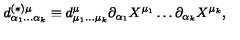
d _ { \alpha _ { 1 } \ldots \alpha _ { k } } ^ { ( \ast ) \mu } \equiv d _ { \mu _ { 1 } \ldots \mu _ { k } } ^ { \mu } \partial _ { \alpha _ { 1 } } X ^ { \mu _ { 1 } } \ldots \partial _ { \alpha _ { k } } X ^ { \mu _ { k } } ,